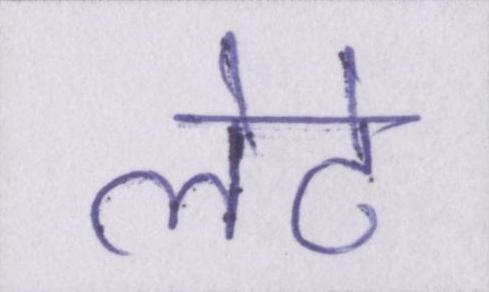
लेटे